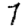
Digit: 7